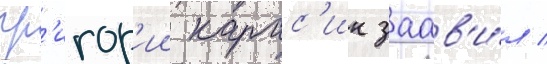
гр'игор'ии карас'ин заав'и́л /